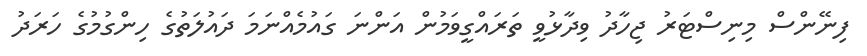
ފިނޭންސް މިނިސްޓަރު ޖިހާދު ވިދާޅުވީ ތަރައްގީވަމުން އަންނަ ގައުމެއްނަމަ ދައުލަތުގެ ހިންގުމުގެ ހަރަދު